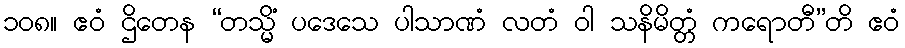
၁၀၈။ ဧဝံ ဌိတေန “တသ္မိံ ပဒေသေ ပါသာဏံ လတံ ဝါ သနိမိတ္တံ ကရောတီ”တိ ဧဝံ